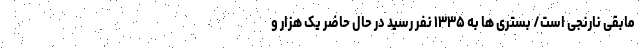
مابقی نارنجی است/ بستری ها به ۱۳۳۵ نفر رسید در حال حاضر یک هزار و